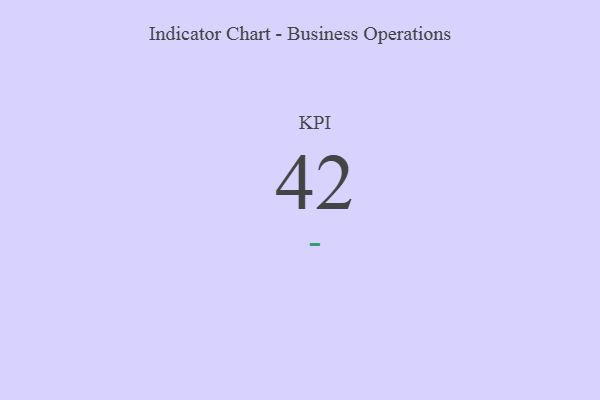
{"axis": {"x": "KPI", "y": "Value"}, "legend": [""], "data": [{"x": "KPI", "y": 42, "type": ""}]}